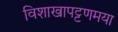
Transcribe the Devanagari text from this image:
विशाखापट्टणमया